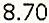
8.70